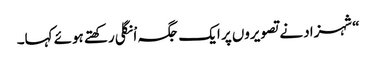
“شہزاد نے تصویروں پر ایک جگہ اْنگلی رکھتے ہوئے کہا۔